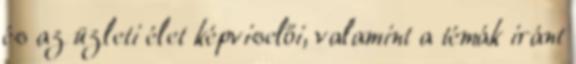
és az üzleti élet képviselői, valamint a témák iránt